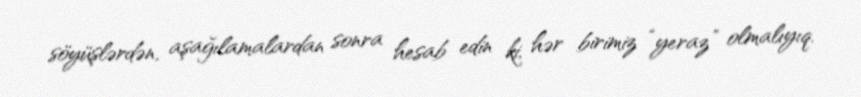
söyüşlərdən, aşağılamalardan sonra hesab edin ki, hər birimiz “yeraz” olmalıyıq.